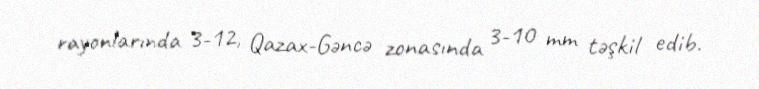
rayonlarında 3-12, Qazax-Gəncə zonasında 3-10 mm təşkil edib.